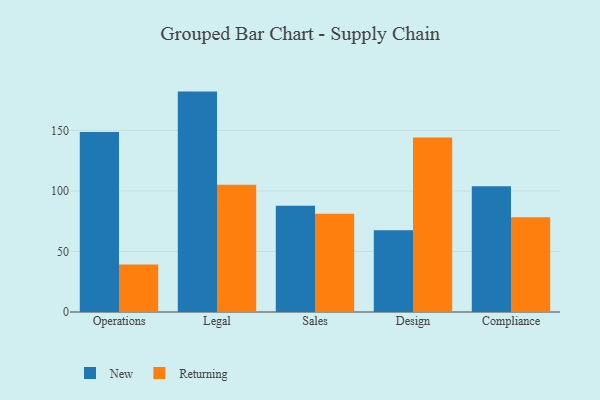
{"axis": {"x": "Department", "y": "Customer Acquisition Cost (USD)"}, "legend": ["New", "Returning"], "data": [{"x": "Operations", "y": 148.7, "type": "New"}, {"x": "Operations", "y": 39.3, "type": "Returning"}, {"x": "Legal", "y": 182.1, "type": "New"}, {"x": "Legal", "y": 105.1, "type": "Returning"}, {"x": "Sales", "y": 87.8, "type": "New"}, {"x": "Sales", "y": 81.1, "type": "Returning"}, {"x": "Design", "y": 67.5, "type": "New"}, {"x": "Design", "y": 144.1, "type": "Returning"}, {"x": "Compliance", "y": 104.0, "type": "New"}, {"x": "Compliance", "y": 78.2, "type": "Returning"}]}